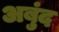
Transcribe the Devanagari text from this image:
अबुंद